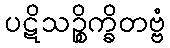
ပဋိသဉ္စိက္ခိတဗ္ဗံ